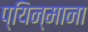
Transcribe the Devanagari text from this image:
प्यिन्माना